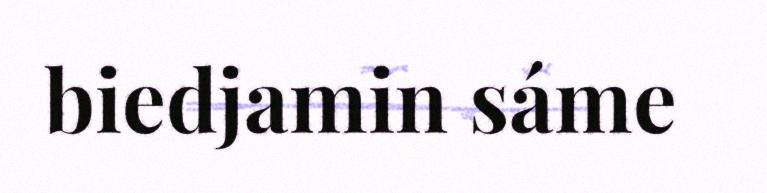
biedjamin sáme